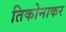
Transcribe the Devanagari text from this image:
तिकोनाकर